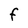
Character: f